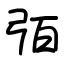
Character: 㢶